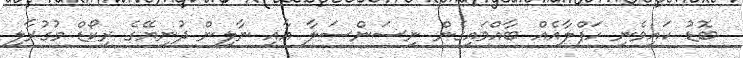
ބޮޑު ކައިވެނި ހަފްލާއެއް ބާއްވައިގެން ނިސަންސަލާ އާއި ނާލިން ދުނިޔޭގެ ރިކޯޑް މުގުރާލި